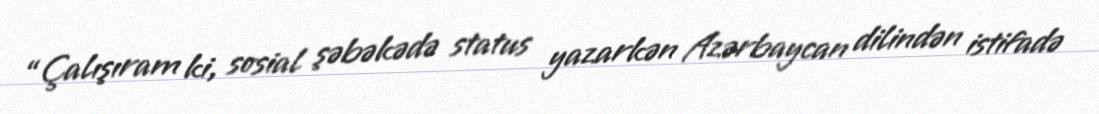
“Çalışıram ki, sosial şəbəkədə status yazarkən Azərbaycan dilindən istifadə